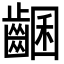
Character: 𪘩